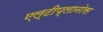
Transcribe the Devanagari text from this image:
एल्टीप्लानोस